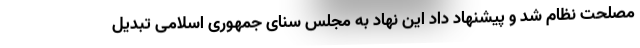
مصلحت نظام شد و پیشنهاد داد این نهاد به مجلس سنای جمهوری اسلامی تبدیل